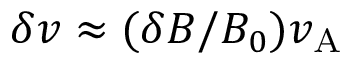
\delta v \approx ( \delta B / B _ { 0 } ) v _ { \mathrm { A } }